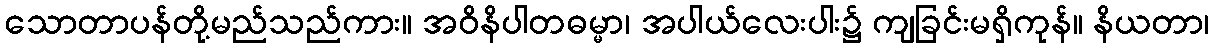
သောတာပန်တို့မည်သည်ကား။ အဝိနိပါတဓမ္မာ၊ အပါယ်လေးပါး၌ ကျခြင်းမရှိကုန်။ နိယတာ၊